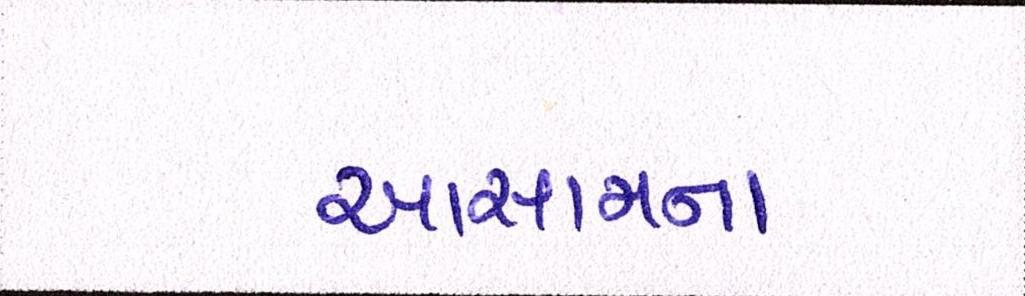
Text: આસામના